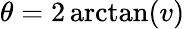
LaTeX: \theta=2\arctan(v)